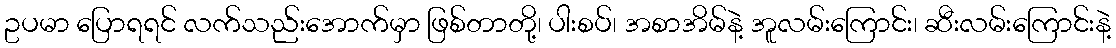
ဥပမာ ပြောရရင် လက်သည်းအောက်မှာ ဖြစ်တာတို့၊ ပါးစပ်၊ အစာအိမ်နဲ့ အူလမ်းကြောင်း၊ ဆီးလမ်းကြောင်းနဲ့